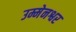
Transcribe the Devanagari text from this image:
उम्मेनश्वर